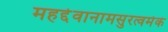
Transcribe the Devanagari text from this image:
महद्देवानामसुरत्वमेकं